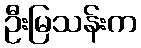
ဦးမြသန်းက